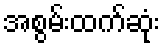
အစွမ်းထက်ဆုံး